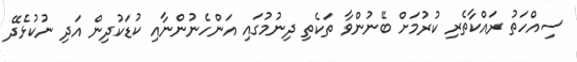
ސިއްހަތު ރައްކާތެރި ކުރުމަށް ބޭނުންވާ ތަކެތި ދިނުމުގައި އަންހެނުންނާއި ކުޑަކުދިން އަދި ނުކުޅެދޭ